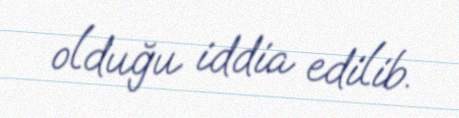
olduğu iddia edilib.